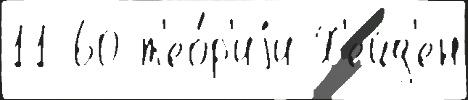
11 60 т'ео́р'иjи Х'ейд'ен